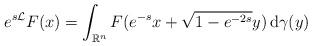
LaTeX: \begin{align*}e^{s\mathcal{L}} F(x) = \int_{\mathbb{R}^n} F(e^{-s}x + \sqrt{1- e^{-2s}}y) \, \mathrm{d}\gamma(y)\end{align*}